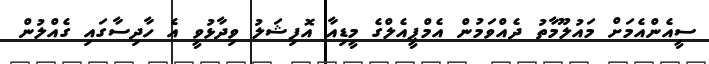
ސީއެންއެމަށް މައުލޫމާތު ދެއްވަމުން އެމްޕީއެލްގެ މީޑިއާ އޮފިޝަލު ވިދާޅުވީ އެ ހާދިސާގައި ގެއްލުން